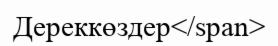
Дереккөздер</span>